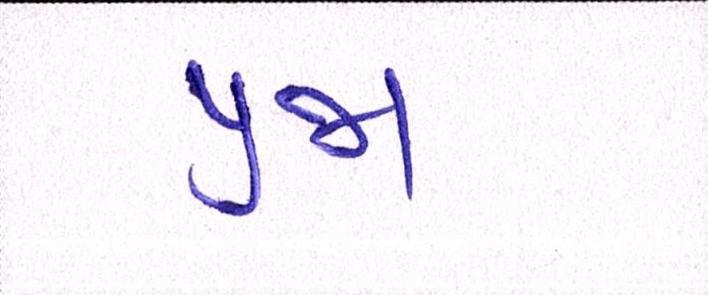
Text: પ્રજા